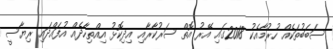
ސަބަބުތަކެއް ހުރުމާއެކު 2018ގައި އޭރު އޮތް ސަރުކާރާއި އިދިކޮޅު އިއްތިހާދެއް އުފައްދައި ރިޔާސީ